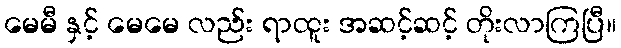
မေမီ နှင့် မေမေ လည်း ရာထူး အဆင့်ဆင့် တိုးလာကြပြီ။